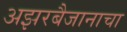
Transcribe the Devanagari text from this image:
अझरबैजानाचा